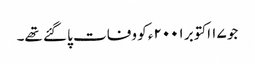
جو ۱۷ اکتوبر ۲۰۰۱ء کو وفات پا گئے تھے۔